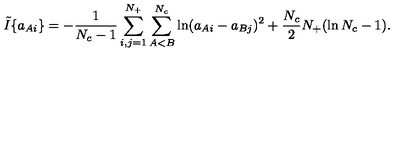
\tilde { I } \{ a _ { A i } \} = - \frac { 1 } { N _ { c } - 1 } \sum _ { i , j = 1 } ^ { N _ { + } } \sum _ { A < B } ^ { N _ { c } } \ln ( a _ { A i } - a _ { B j } ) ^ { 2 } + \frac { N _ { c } } { 2 } N _ { + } ( \ln N _ { c } - 1 ) .